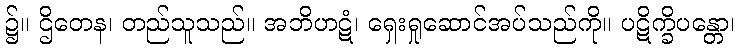
၌။ ဌိတေန၊ တည်သူသည်။ အဘိဟဋံ၊ ရှေးရှုဆောင်အပ်သည်ကို။ ပဋိက္ခိပန္တော၊